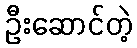
ဦးဆောင်တဲ့